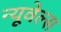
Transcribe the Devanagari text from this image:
न्यूवेल्स